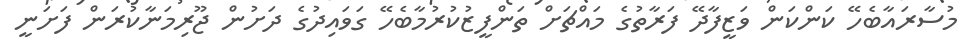
މުސާރައާބެހޭ ކަންކަން ވަޒީފާދޭ ފަރާތުގެ މައްޗަށް ތަންފީޒުކުރުމާބެހޭ ގަވައިދުގެ ދަށުން ޖޫރިމަނާކުރަން ފަށަނީ